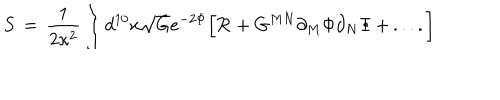
LaTeX: S \, = \, { \frac { 1 } { 2 \kappa ^ { 2 } } } \int d ^ { 1 0 } x \sqrt { G } e ^ { - 2 \Phi } \Big [ { \cal R } + G ^ { M N } \partial _ { M } \Phi \partial _ { N } \Phi \, + \, . . . . \Big ]